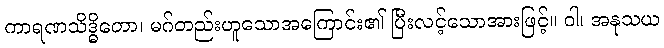
ကာရဏသိဒ္ဓိတော၊ မဂ်တည်းဟူသောအကြောင်း၏ ပြီးလင့်သောအားဖြင့်။ ဝါ၊ အနုသယ